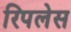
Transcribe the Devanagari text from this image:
रिपलेस